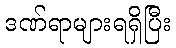
ဒဏ်ရာများရရှိပြီး